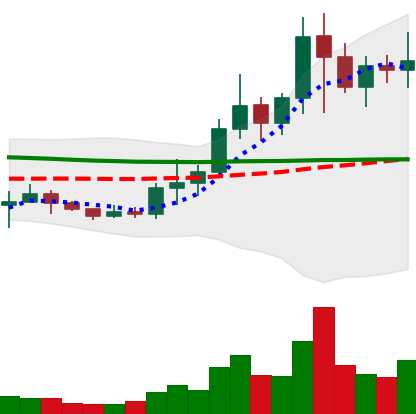
Ticker: NEO-USD
Chart end date: 2021-01-15
Forward return: 11.036%
Label: up_7plus